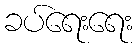
ခပ်ရေးရေး